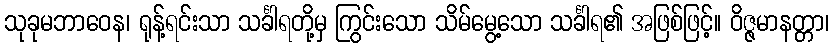
သုခုမဘာဝေန၊ ရုန့်ရင်းသာ သင်္ခါရတို့မှ ကြွင်းသော သိမ်မွေ့သော သင်္ခါရ၏ အဖြစ်ဖြင့်။ ဝိဇ္ဇမာနတ္တာ၊